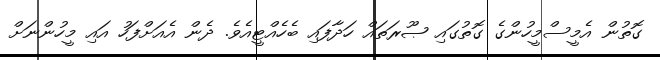
ގޮތުން އެމީސްމީހުންގެ ގޮތުގައި ޞޫރަތައް ހަދާފައި ބެހެއްޓީއެވެ. ދެން އެއަށްފަހު އައި މީހުންނަށް